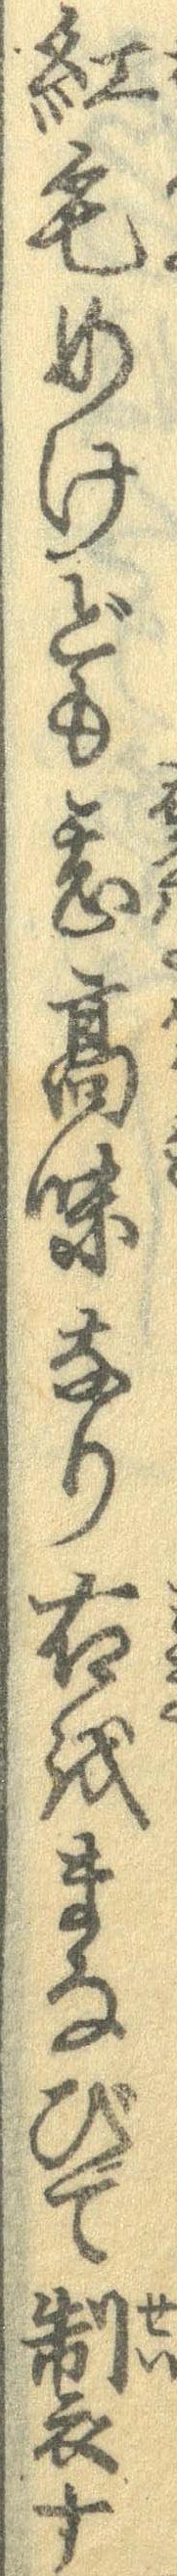
紅毛めけども甚高味なり右をまなびて製す